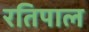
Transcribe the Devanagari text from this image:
रतिपाल